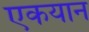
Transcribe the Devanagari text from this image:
एकयान